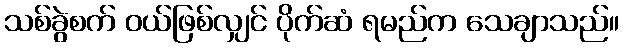
သစ်ခွဲစက် ဝယ်ဖြစ်လျှင် ပိုက်ဆံ ရမည်က သေချာသည်။